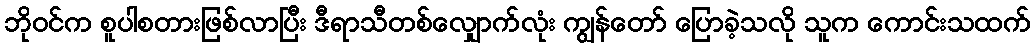
ဘိုဝင်က စူပါစတားဖြစ်လာပြီး ဒီရာသီတစ်လျှောက်လုံး ကျွန်တော် ပြောခဲ့သလို သူက ကောင်းသထက်